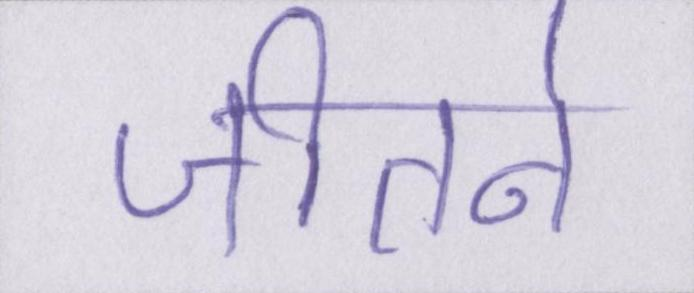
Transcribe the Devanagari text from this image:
जीतने